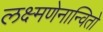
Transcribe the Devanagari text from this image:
लक्ष्मणेनान्वितो